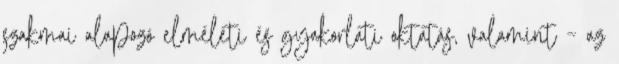
szakmai alapozó elméleti és gyakorlati oktatás, valamint – az